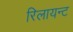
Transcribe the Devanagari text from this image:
रिलायन्ट